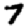
Digit: 7